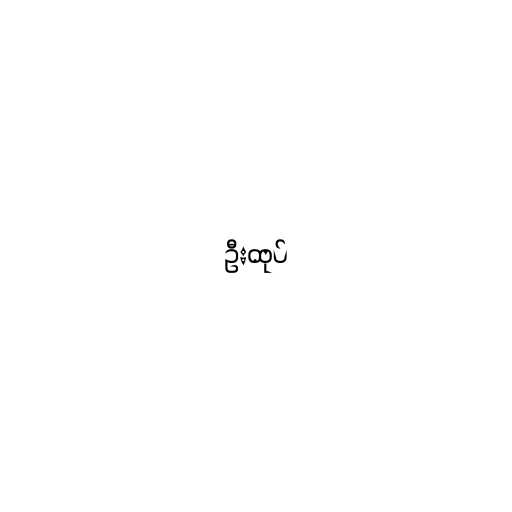
ဦးထုပ်